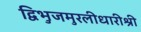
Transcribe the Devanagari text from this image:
द्विभुजमुरलीधारीश्री